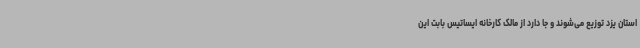
استان یزد توزیع می‌شوند و جا دارد از مالک کارخانه ایساتیس بابت این